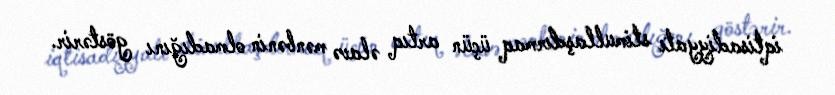
iqtisadiyyatı stimullaşdırmaq üçün artıq əlavə mənbənin olmadığını göstərir.